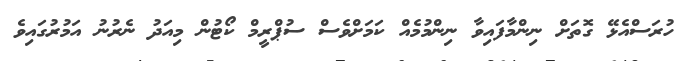
ހުރަސްއެޅޭ ގޮތަށް ނިންމާފައިވާ ނިންމުމެއް ކަމަށްވެސް ސުޕްރީމް ކޯޓުން މިއަދު ނެރުނު އަމުރުގައިވެ